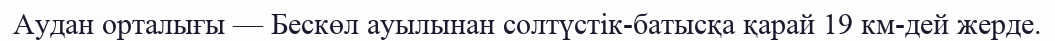
Аудан орталығы — Бескөл ауылынан солтүстік-батысқа қарай 19 км-дей жерде.